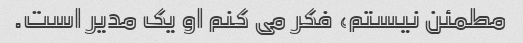
مطمئن نیستم، فکر می کنم او یک مدیر است.